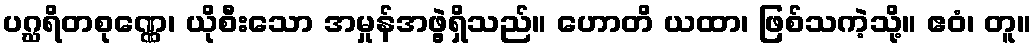
ပဂ္ဃရိတစုဏ္ဏေ၊ ယိုစီးသော အမှုန်အဖွဲ့ရှိသည်။ ဟောတိ ယထာ၊ ဖြစ်သကဲ့သို့။ ဧဝံ၊ တူ။